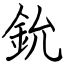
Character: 鈗